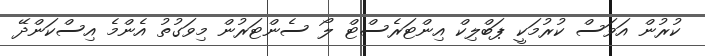
ކުރުން އަވަސް ކުރުމަކީ ޕަބްލިކް އިންޓަރެސްޓް ލޯ ސެންޓަރުން މިވަގުތު އެންމެ އިސްކަންދޭ